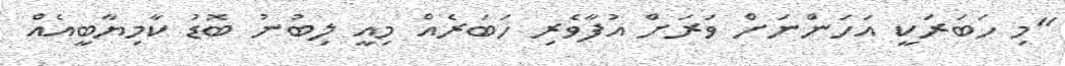
"މި ހަބަރަކީ އަހަންނަށް ވަރަށް އުފާވެރި ހަބަރެއް މިއީ ލިބުނު ބޮޑު ކާމިޔާބީއެއް